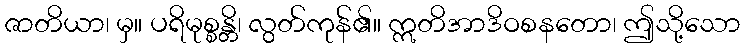
ဇာတိယာ၊ မှ။ ပရိမုစ္စန္တိ၊ လွတ်ကုန်၏။ ဣတိအာဒိဝစနတော၊ ဤသို့သော